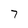
Character: 7